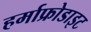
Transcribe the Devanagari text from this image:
हर्माफ्रोडाइट